画像に写った文字を読んでください
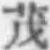
「茂」と書いてあります